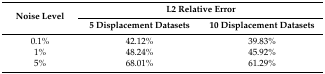
| <ROWSPAN=2> Noise Level | <COLSPAN=2> L2 Relative Error |
 | 5 Displacement Datasets | 10 Displacement Datasets |
 | --- | --- | --- |
 | 0.1% | 42.12% | 39.83% |
 | 1% | 48.24% | 45.92% |
 | 5% | 68.01% | 61.29% |